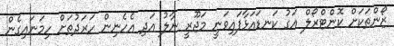
ޒޯންތަކަށް ކޮންޓްރޯލް އަގު ކަނޑައަޅާފައިވަނީ މަޖޫރީ ނާލު އަދި އެހެނިން ހަރަދުތަށް ހިމަނައިގެން